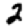
Digit: 2